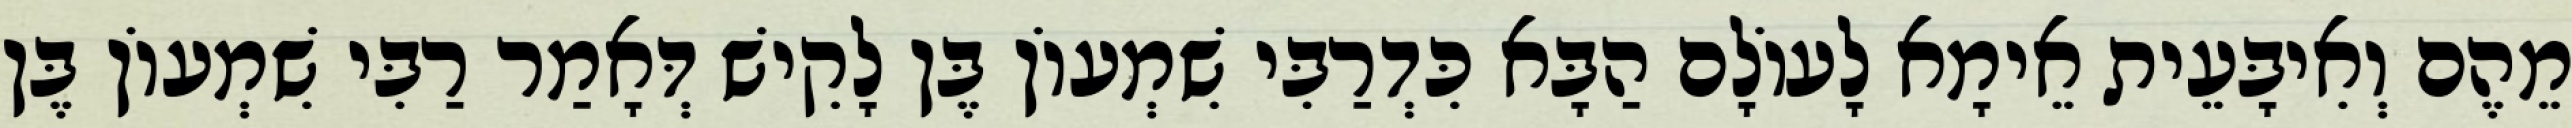
מֵהֶם וְאִיבָּעֵית אֵימָא לָעוֹלָם הַבָּא כִּדְרַבִּי שִׁמְעוֹן בֶּן לָקִישׁ דְּאָמַר רַבִּי שִׁמְעוֹן בֶּן